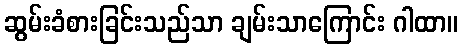
ဆွမ်းခံစားခြင်းသည်သာ ချမ်းသာကြောင်း ဂါထာ။